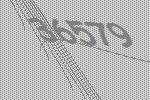
36579